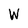
Character: w